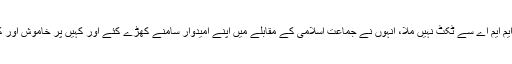
زیادہ تر حلقوں پر جہاں جے یو آئی کو ایم ایم اے سے ٹکٹ نہیں ملا، انہوں نے جماعت اسلامی کے مقابلے میں اپنے امیدوار سامنے کھڑے کئے اور کہیں پر خاموش اور کہیں کھلے عام ان کے ساتھ کھڑی ہے۔